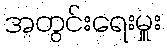
အတွင်းရေးမှူး